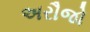
અરૌજો